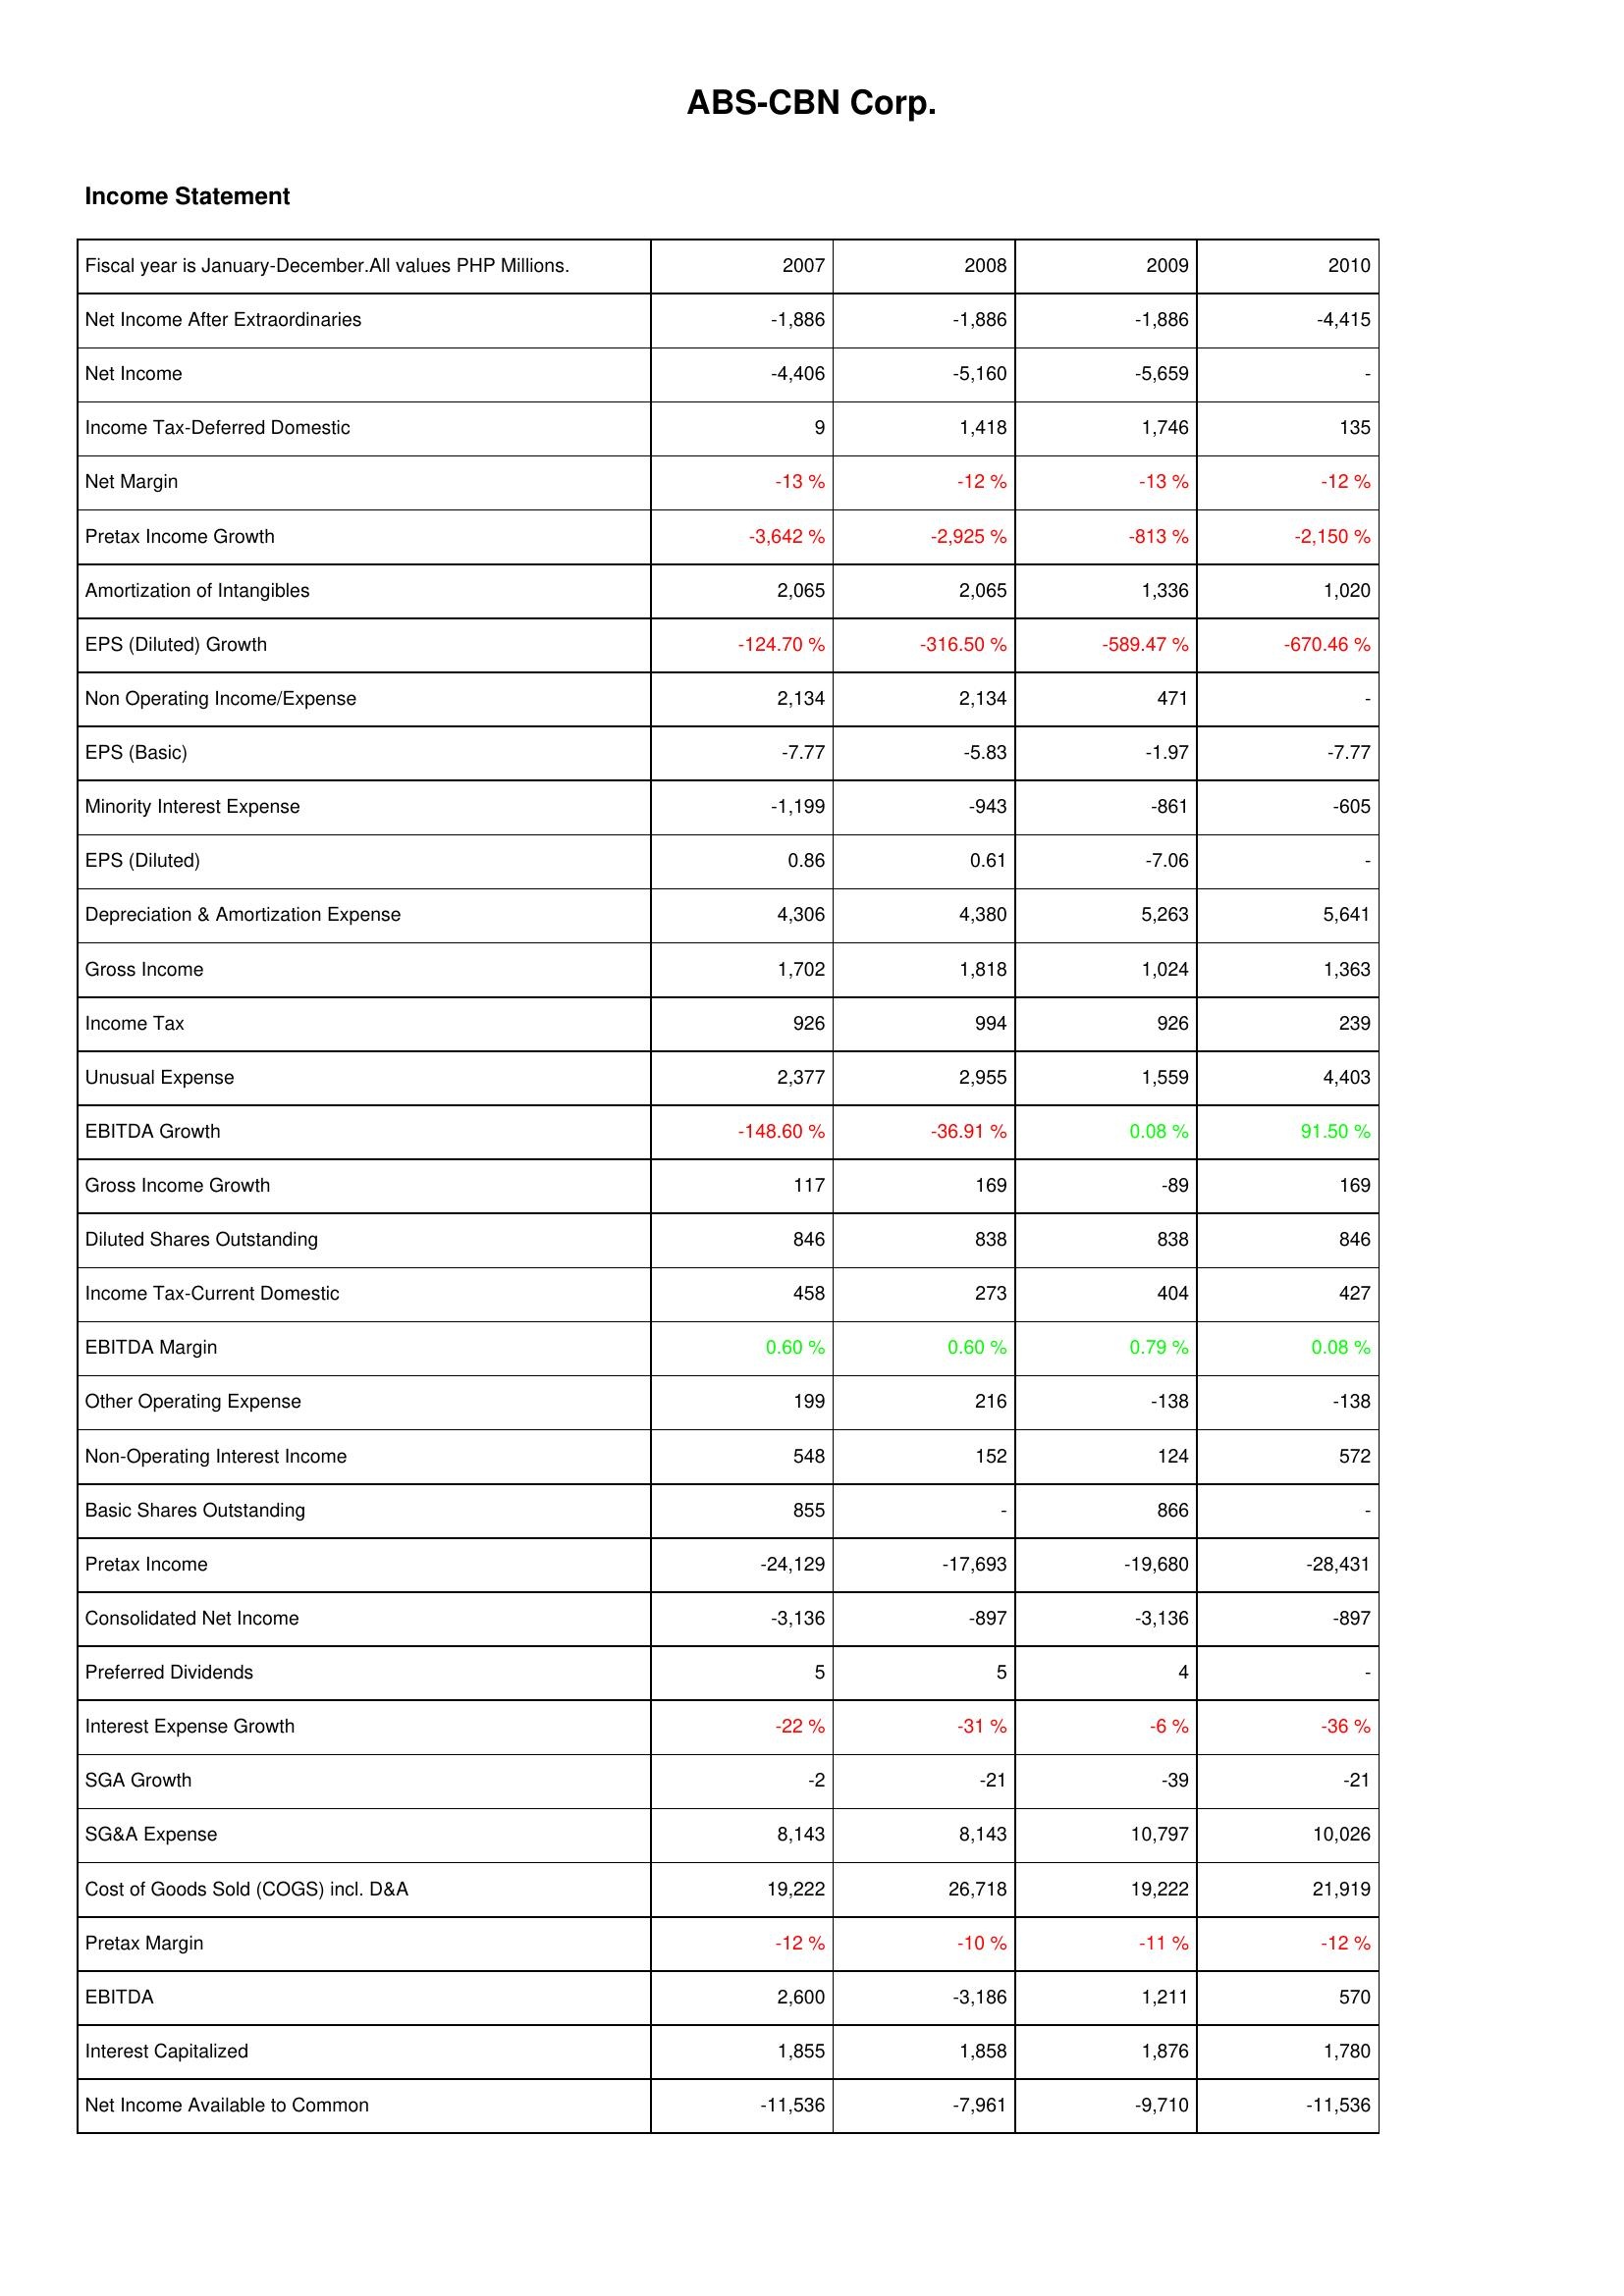
2007: Income Statement: Net Income After Extraordinaries: -1,886
Net Income: -4,406
Income Tax-Deferred Domestic: 9
Net Margin: -13 %
Pretax Income Growth: -3,642 %
Amortization of Intangibles: 2,065
EPS (Diluted) Growth: -124.70 %
Non Operating Income/Expense: 2,134
EPS (Basic): -7.77
Minority Interest Expense: -1,199
EPS (Diluted): 0.86
Depreciation & Amortization Expense: 4,306
Gross Income: 1,702
Income Tax: 926
Unusual Expense: 2,377
EBITDA Growth: -148.60 %
Gross Income Growth: 117
Diluted Shares Outstanding: 846
Income Tax-Current Domestic: 458
EBITDA Margin: 0.60 %
Other Operating Expense: 199
Non-Operating Interest Income: 548
Basic Shares Outstanding: 855
Pretax Income: -24,129
Consolidated Net Income: -3,136
Preferred Dividends: 5
Interest Expense Growth: -22 %
SGA Growth: -2
SG&A Expense: 8,143
Cost of Goods Sold (COGS) incl. D&A: 19,222
Pretax Margin: -12 %
EBITDA: 2,600
Interest Capitalized: 1,855
Net Income Available to Common: -11,536
2008: Income Statement: Net Income After Extraordinaries: -1,886
Net Income: -5,160
Income Tax-Deferred Domestic: 1,418
Net Margin: -12 %
Pretax Income Growth: -2,925 %
Amortization of Intangibles: 2,065
EPS (Diluted) Growth: -316.50 %
Non Operating Income/Expense: 2,134
EPS (Basic): -5.83
Minority Interest Expense: -943
EPS (Diluted): 0.61
Depreciation & Amortization Expense: 4,380
Gross Income: 1,818
Income Tax: 994
Unusual Expense: 2,955
EBITDA Growth: -36.91 %
Gross Income Growth: 169
Diluted Shares Outstanding: 838
Income Tax-Current Domestic: 273
EBITDA Margin: 0.60 %
Other Operating Expense: 216
Non-Operating Interest Income: 152
Basic Shares Outstanding: -
Pretax Income: -17,693
Consolidated Net Income: -897
Preferred Dividends: 5
Interest Expense Growth: -31 %
SGA Growth: -21
SG&A Expense: 8,143
Cost of Goods Sold (COGS) incl. D&A: 26,718
Pretax Margin: -10 %
EBITDA: -3,186
Interest Capitalized: 1,858
Net Income Available to Common: -7,961
2009: Income Statement: Net Income After Extraordinaries: -1,886
Net Income: -5,659
Income Tax-Deferred Domestic: 1,746
Net Margin: -13 %
Pretax Income Growth: -813 %
Amortization of Intangibles: 1,336
EPS (Diluted) Growth: -589.47 %
Non Operating Income/Expense: 471
EPS (Basic): -1.97
Minority Interest Expense: -861
EPS (Diluted): -7.06
Depreciation & Amortization Expense: 5,263
Gross Income: 1,024
Income Tax: 926
Unusual Expense: 1,559
EBITDA Growth: 0.08 %
Gross Income Growth: -89
Diluted Shares Outstanding: 838
Income Tax-Current Domestic: 404
EBITDA Margin: 0.79 %
Other Operating Expense: -138
Non-Operating Interest Income: 124
Basic Shares Outstanding: 866
Pretax Income: -19,680
Consolidated Net Income: -3,136
Preferred Dividends: 4
Interest Expense Growth: -6 %
SGA Growth: -39
SG&A Expense: 10,797
Cost of Goods Sold (COGS) incl. D&A: 19,222
Pretax Margin: -11 %
EBITDA: 1,211
Interest Capitalized: 1,876
Net Income Available to Common: -9,710
2010: Income Statement: Net Income After Extraordinaries: -4,415
Net Income: -
Income Tax-Deferred Domestic: 135
Net Margin: -12 %
Pretax Income Growth: -2,150 %
Amortization of Intangibles: 1,020
EPS (Diluted) Growth: -670.46 %
Non Operating Income/Expense: -
EPS (Basic): -7.77
Minority Interest Expense: -605
EPS (Diluted): -
Depreciation & Amortization Expense: 5,641
Gross Income: 1,363
Income Tax: 239
Unusual Expense: 4,403
EBITDA Growth: 91.50 %
Gross Income Growth: 169
Diluted Shares Outstanding: 846
Income Tax-Current Domestic: 427
EBITDA Margin: 0.08 %
Other Operating Expense: -138
Non-Operating Interest Income: 572
Basic Shares Outstanding: -
Pretax Income: -28,431
Consolidated Net Income: -897
Preferred Dividends: -
Interest Expense Growth: -36 %
SGA Growth: -21
SG&A Expense: 10,026
Cost of Goods Sold (COGS) incl. D&A: 21,919
Pretax Margin: -12 %
EBITDA: 570
Interest Capitalized: 1,780
Net Income Available to Common: -11,536